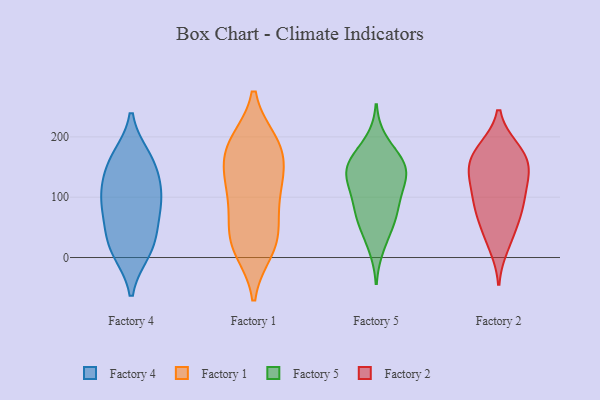
{"axis": {"x": "Conversion Rate (%)", "y": "Value"}, "legend": ["Factory 1", "Factory 2", "Factory 4", "Factory 5"], "data": [{"x": "", "y": 29, "type": "Factory 4"}, {"x": "", "y": 115, "type": "Factory 4"}, {"x": "", "y": 150, "type": "Factory 4"}, {"x": "", "y": 85, "type": "Factory 4"}, {"x": "", "y": 99, "type": "Factory 4"}, {"x": "", "y": 165, "type": "Factory 4"}, {"x": "", "y": 54, "type": "Factory 4"}, {"x": "", "y": 11, "type": "Factory 4"}, {"x": "", "y": 160, "type": "Factory 4"}, {"x": "", "y": 13, "type": "Factory 4"}, {"x": "", "y": 95, "type": "Factory 4"}, {"x": "", "y": 53, "type": "Factory 1"}, {"x": "", "y": 14, "type": "Factory 1"}, {"x": "", "y": 149, "type": "Factory 1"}, {"x": "", "y": 148, "type": "Factory 1"}, {"x": "", "y": 32, "type": "Factory 1"}, {"x": "", "y": 192, "type": "Factory 1"}, {"x": "", "y": 12, "type": "Factory 1"}, {"x": "", "y": 182, "type": "Factory 1"}, {"x": "", "y": 83, "type": "Factory 1"}, {"x": "", "y": 136, "type": "Factory 1"}, {"x": "", "y": 104, "type": "Factory 1"}, {"x": "", "y": 31, "type": "Factory 1"}, {"x": "", "y": 191, "type": "Factory 1"}, {"x": "", "y": 190, "type": "Factory 1"}, {"x": "", "y": 112, "type": "Factory 1"}, {"x": "", "y": 75, "type": "Factory 5"}, {"x": "", "y": 18, "type": "Factory 5"}, {"x": "", "y": 148, "type": "Factory 5"}, {"x": "", "y": 156, "type": "Factory 5"}, {"x": "", "y": 134, "type": "Factory 5"}, {"x": "", "y": 135, "type": "Factory 5"}, {"x": "", "y": 60, "type": "Factory 5"}, {"x": "", "y": 88, "type": "Factory 5"}, {"x": "", "y": 159, "type": "Factory 5"}, {"x": "", "y": 158, "type": "Factory 5"}, {"x": "", "y": 101, "type": "Factory 5"}, {"x": "", "y": 192, "type": "Factory 5"}, {"x": "", "y": 122, "type": "Factory 5"}, {"x": "", "y": 53, "type": "Factory 5"}, {"x": "", "y": 160, "type": "Factory 2"}, {"x": "", "y": 131, "type": "Factory 2"}, {"x": "", "y": 147, "type": "Factory 2"}, {"x": "", "y": 78, "type": "Factory 2"}, {"x": "", "y": 180, "type": "Factory 2"}, {"x": "", "y": 145, "type": "Factory 2"}, {"x": "", "y": 180, "type": "Factory 2"}, {"x": "", "y": 83, "type": "Factory 2"}, {"x": "", "y": 95, "type": "Factory 2"}, {"x": "", "y": 174, "type": "Factory 2"}, {"x": "", "y": 37, "type": "Factory 2"}, {"x": "", "y": 132, "type": "Factory 2"}, {"x": "", "y": 19, "type": "Factory 2"}, {"x": "", "y": 59, "type": "Factory 2"}, {"x": "", "y": 102, "type": "Factory 2"}]}